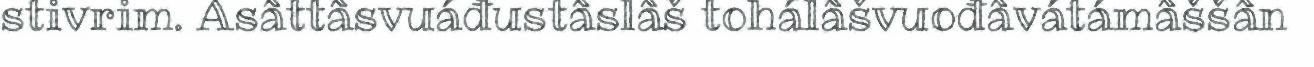
stivrim. Asâttâsvuáđustâslâš tohálâšvuođâvátámâššân